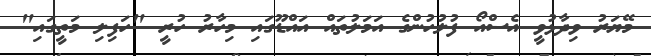
މޭޔަރު ވިދާޅުވީ އެސްއޯ ފުލުހުންގެ އަމަލުތައް އައްޑޫގައި މިހާރު ހުރީ "ހަފިލި މަތީގައި"